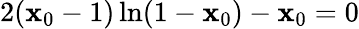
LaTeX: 2(\mathbf{x}_{0}-1)\ln(1-\mathbf{x}_{0})-\mathbf{x}_{0}=0